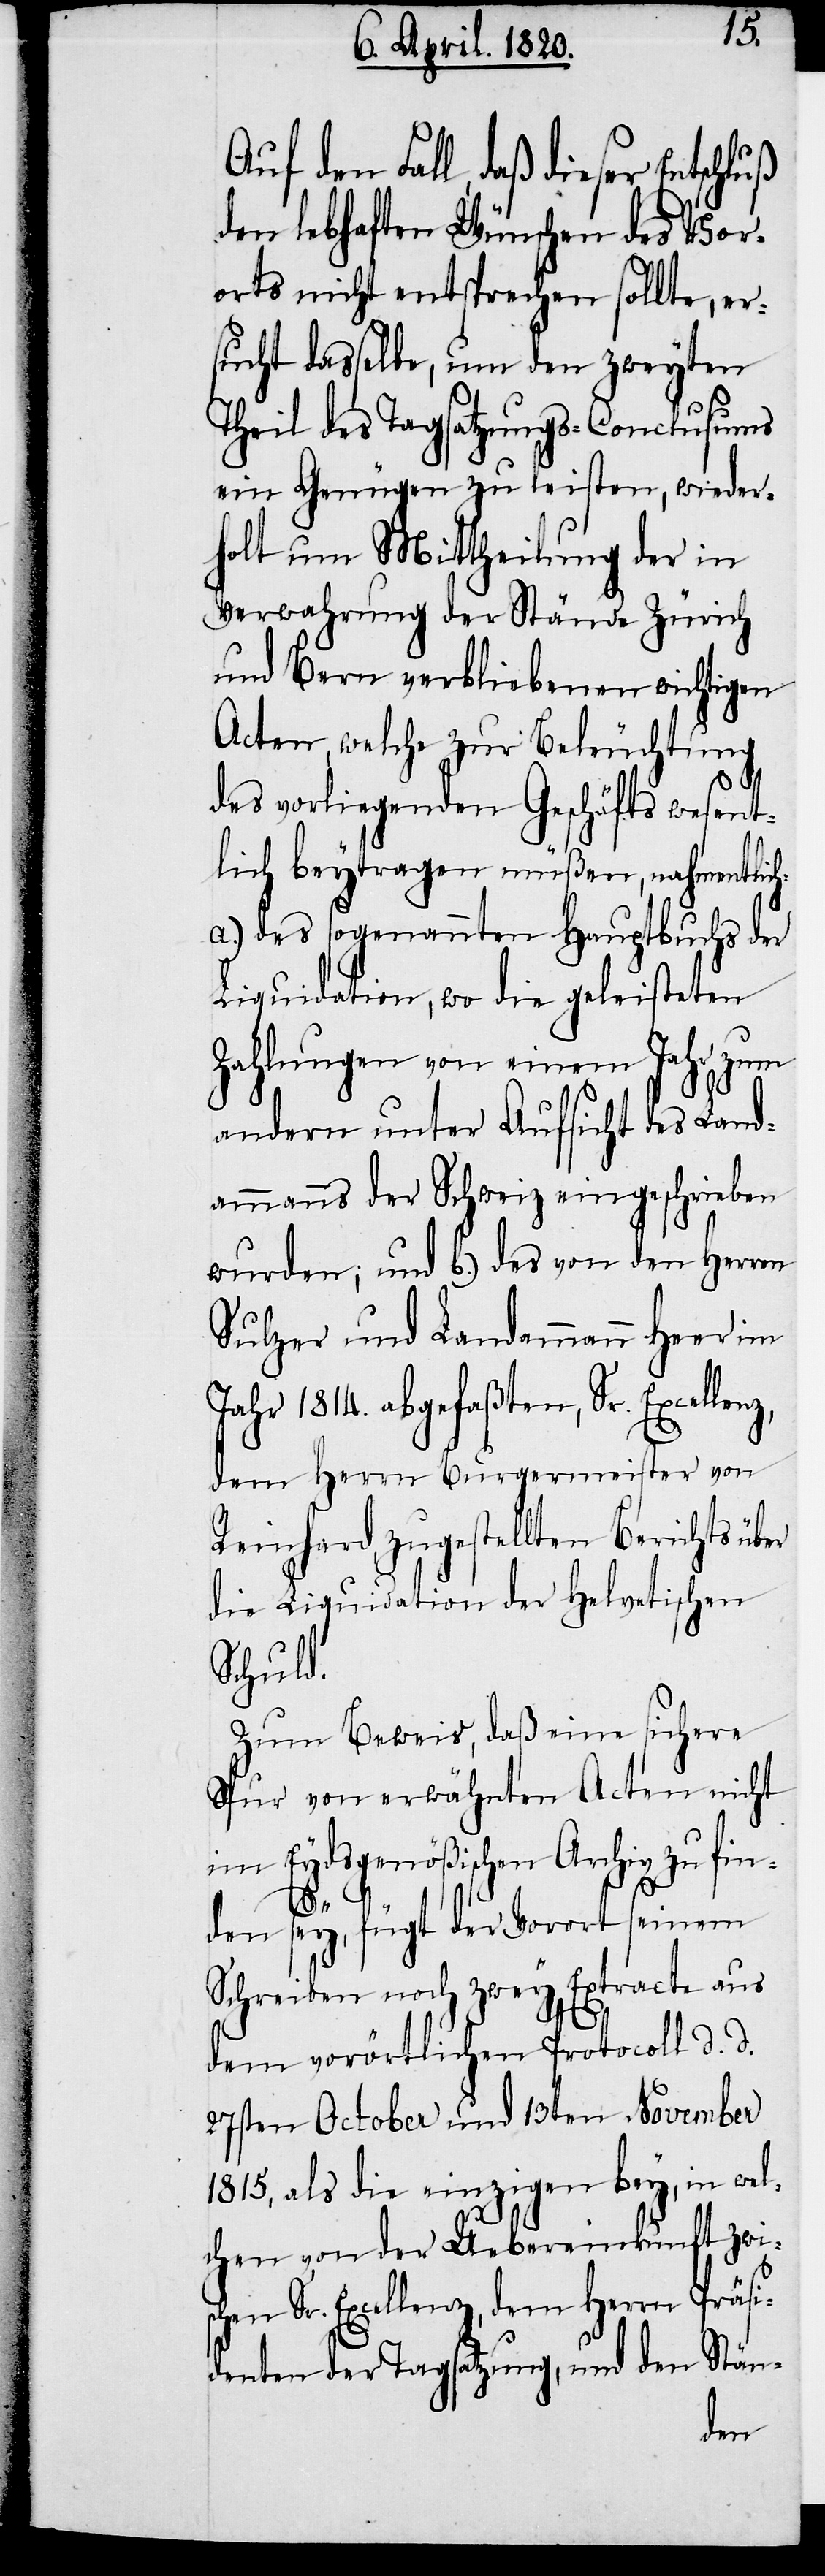
schen
Fall, daß dieser Entschluß
den lebhaften Wünschen des Vor¬
orts nicht entsprechen sollte, er¬
sucht dasselbe, um den zweyten
Theil des Tagsatzungs-Conclusums
ein Genügen zu leisten, wieder¬
holt um Mittheilung der in
Verwahrung der Stände Zürich
und Bern verbliebenen wichtigen
Acten, welche zur Beleuchtung
des vorliegenden Geschäfts wesent¬
lich beytragen müßen, nahmentlic¬
a.) des sogenannten Hauptbuchs der
Liquidation, wo die geleisteten
Zahlungen von einem Jahr zum
andern unter Aussicht des Land¬
ammanns der Schweiz eingeschrieben
wurden: und b.) des von den Herren
Sulzer und Landammann Heer im
Jahr 1814. abgefaßten, Sr. Excellenz,
dem Herrn Burgermeister von
Reinhard zugestellten Berichts
die Liquidation der Helvetischen
Schuld.
Zum Beweis, daß eine sichere
Spur von erwähnten Acten nicht
im Eydgenößischen Archiv zu fin¬
h:
den sey, fügt der Vorort seinem
Schreiben noch zwey Extracte aus
dem vorörtlichen Protocoll d. d.
27sten October und 13ten November
1815, als die einzigen bey, in wel¬
chen von der Uebereinkunft zwi¬
Sr. Excellenz, dem Herrn Präsi¬
denten der Tagsatzung, und den Stän-
den